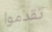
تقدموا